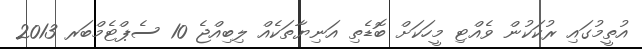
އުތީމުގައި ރުކަކުން ވެއްޓި މީހަކަށް ބޮޑެތި އަނިޔާތަކެއް ލިބިއްޖެ 10 ސެޕްޓެމްބަރ 2013